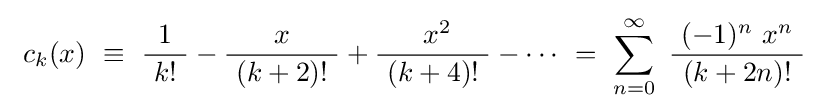
\ c_{k}(x)~\equiv ~{\frac {1}{\ k!\ }}-{\frac {x}{~\left(k+2\right)!\ }}+{\frac {\ x^{2}}{~\left(k+4\right)!\ }}-\cdots ~=~\sum _{n=0}^{\infty }\ {\frac {\ (-1)^{n}\ x^{n}\ }{\ \left(k+2n\right)!\ }}~~